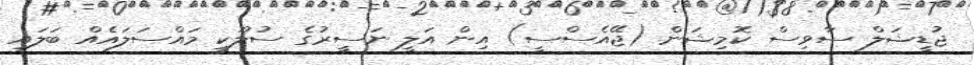
ޖުޑީޝަލް ސާވިސް ކޮމިޝަން (ޖޭއެސްސީ) އިން އަލީ ނަސީރުގެ ސުލޫކީ މައްސަލައެއް ބަލައި